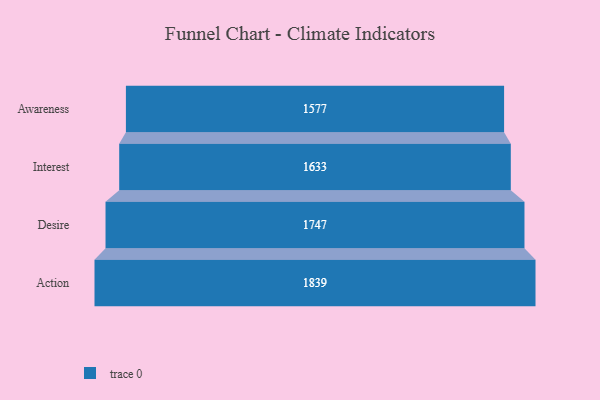
{"axis": {"x": "Stage", "y": "Value"}, "legend": [""], "data": [{"x": "Awareness", "y": 1577.0, "type": ""}, {"x": "Interest", "y": 1633.0, "type": ""}, {"x": "Desire", "y": 1747.0, "type": ""}, {"x": "Action", "y": 1839.0, "type": ""}]}